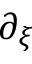
\partial _ { \xi }